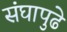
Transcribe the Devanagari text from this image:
संघापुढे